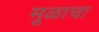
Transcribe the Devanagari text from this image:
मूळाचा